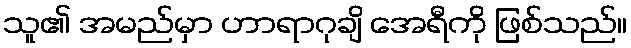
သူ၏ အမည်မှာ ဟာရာဂုချိ အေရီကို ဖြစ်သည်။